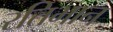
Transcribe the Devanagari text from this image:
रतिभान